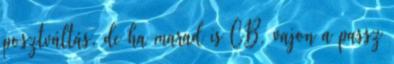
posztváltás, de ha marad is CB, vajon a passz